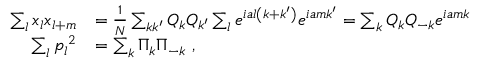
{ \begin{array} { r l } { \sum _ { l } x _ { l } x _ { l + m } } & { = { \frac { 1 } { N } } \sum _ { k k ^ { \prime } } Q _ { k } Q _ { k ^ { \prime } } \sum _ { l } e ^ { i a l \left( k + k ^ { \prime } \right) } e ^ { i a m k ^ { \prime } } = \sum _ { k } Q _ { k } Q _ { - k } e ^ { i a m k } } \\ { \sum _ { l } { p _ { l } } ^ { 2 } } & { = \sum _ { k } \Pi _ { k } \Pi _ { - k } ~ , } \end{array} }